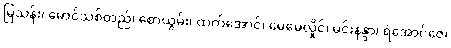
မြသန်း၊ မောင်သစ်တည်၊ စောယွမ်း၊ ထက်အောင်၊ မေမေလှိုင်၊ မင်းနန္ဒာ၊ ရဲအောင်ဇေ၊